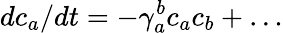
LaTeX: dc_{a}/dt=-\gamma_{a}^{b}c_{a}c_{b}+\ldots